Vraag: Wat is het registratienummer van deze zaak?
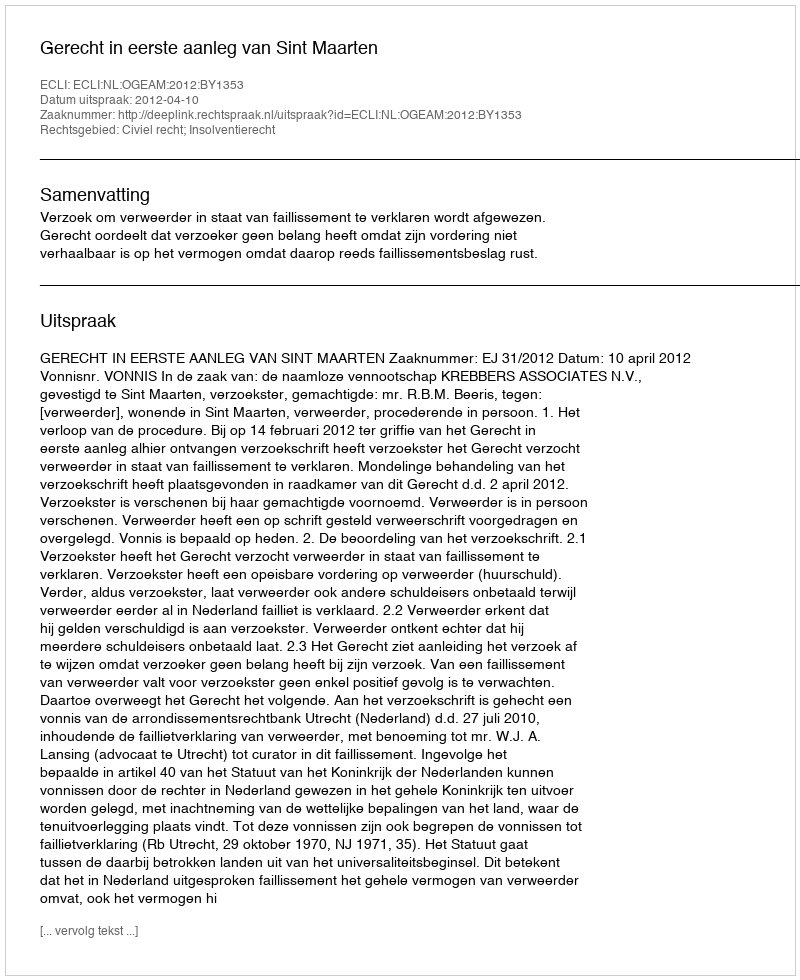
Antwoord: http://deeplink.rechtspraak.nl/uitspraak?id=ECLI:NL:OGEAM:2012:BY1353